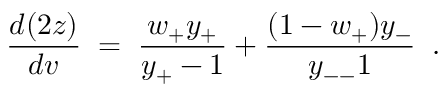
\frac { d ( 2 z ) } { d v } \; = \; \frac { w _ { + } y _ { + } } { y _ { + } - 1 } + \frac { ( 1 - w _ { + } ) y _ { - } } { y _ { -- } 1 } \; \; .